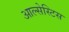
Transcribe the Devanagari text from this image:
आल्सेस्टिस